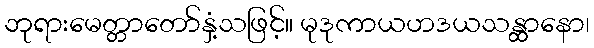
ဘုရားမေတ္တာတော်နှံ့သဖြင့်။ မုဒုကာယဟဒယသန္ထာနော၊